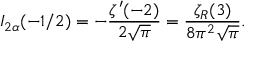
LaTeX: I _ { 2 \alpha } ( - 1 / 2 ) = - \frac { \zeta ^ { \prime } ( - 2 ) } { 2 \sqrt \pi } = \frac { \zeta _ { R } ( 3 ) } { 8 \pi ^ { 2 } \sqrt \pi } { . }